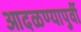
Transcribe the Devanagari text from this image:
आदळण्यापुर्वी